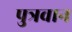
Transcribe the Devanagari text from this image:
पुत्रवान